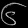
Digit: ၆